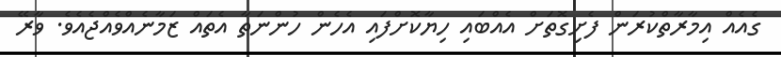
ގެއެއް އިމާރާތްކުރަން ފެށިގޮތަށް އެއްބައި ހިޔާކޮށްފައި އެހެން ހުންނަތާ އެތައް ޒަމާނެއްވެއްޖެއެވެ. ވާރޭ